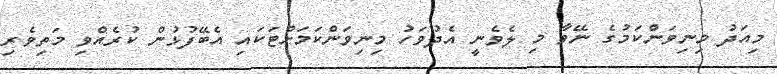
މިއަދު މިނިވަންކަމުގެ ނޭވާ މި ލެވެނީ އެދުވަހު މިނިވަންކަމަށްޓަކައި އެބޭފުޅުން ކުރެއްވި މަތިވެރި